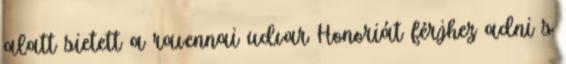
alatt sietett a ravennai udvar Honoriát férjhez adni s